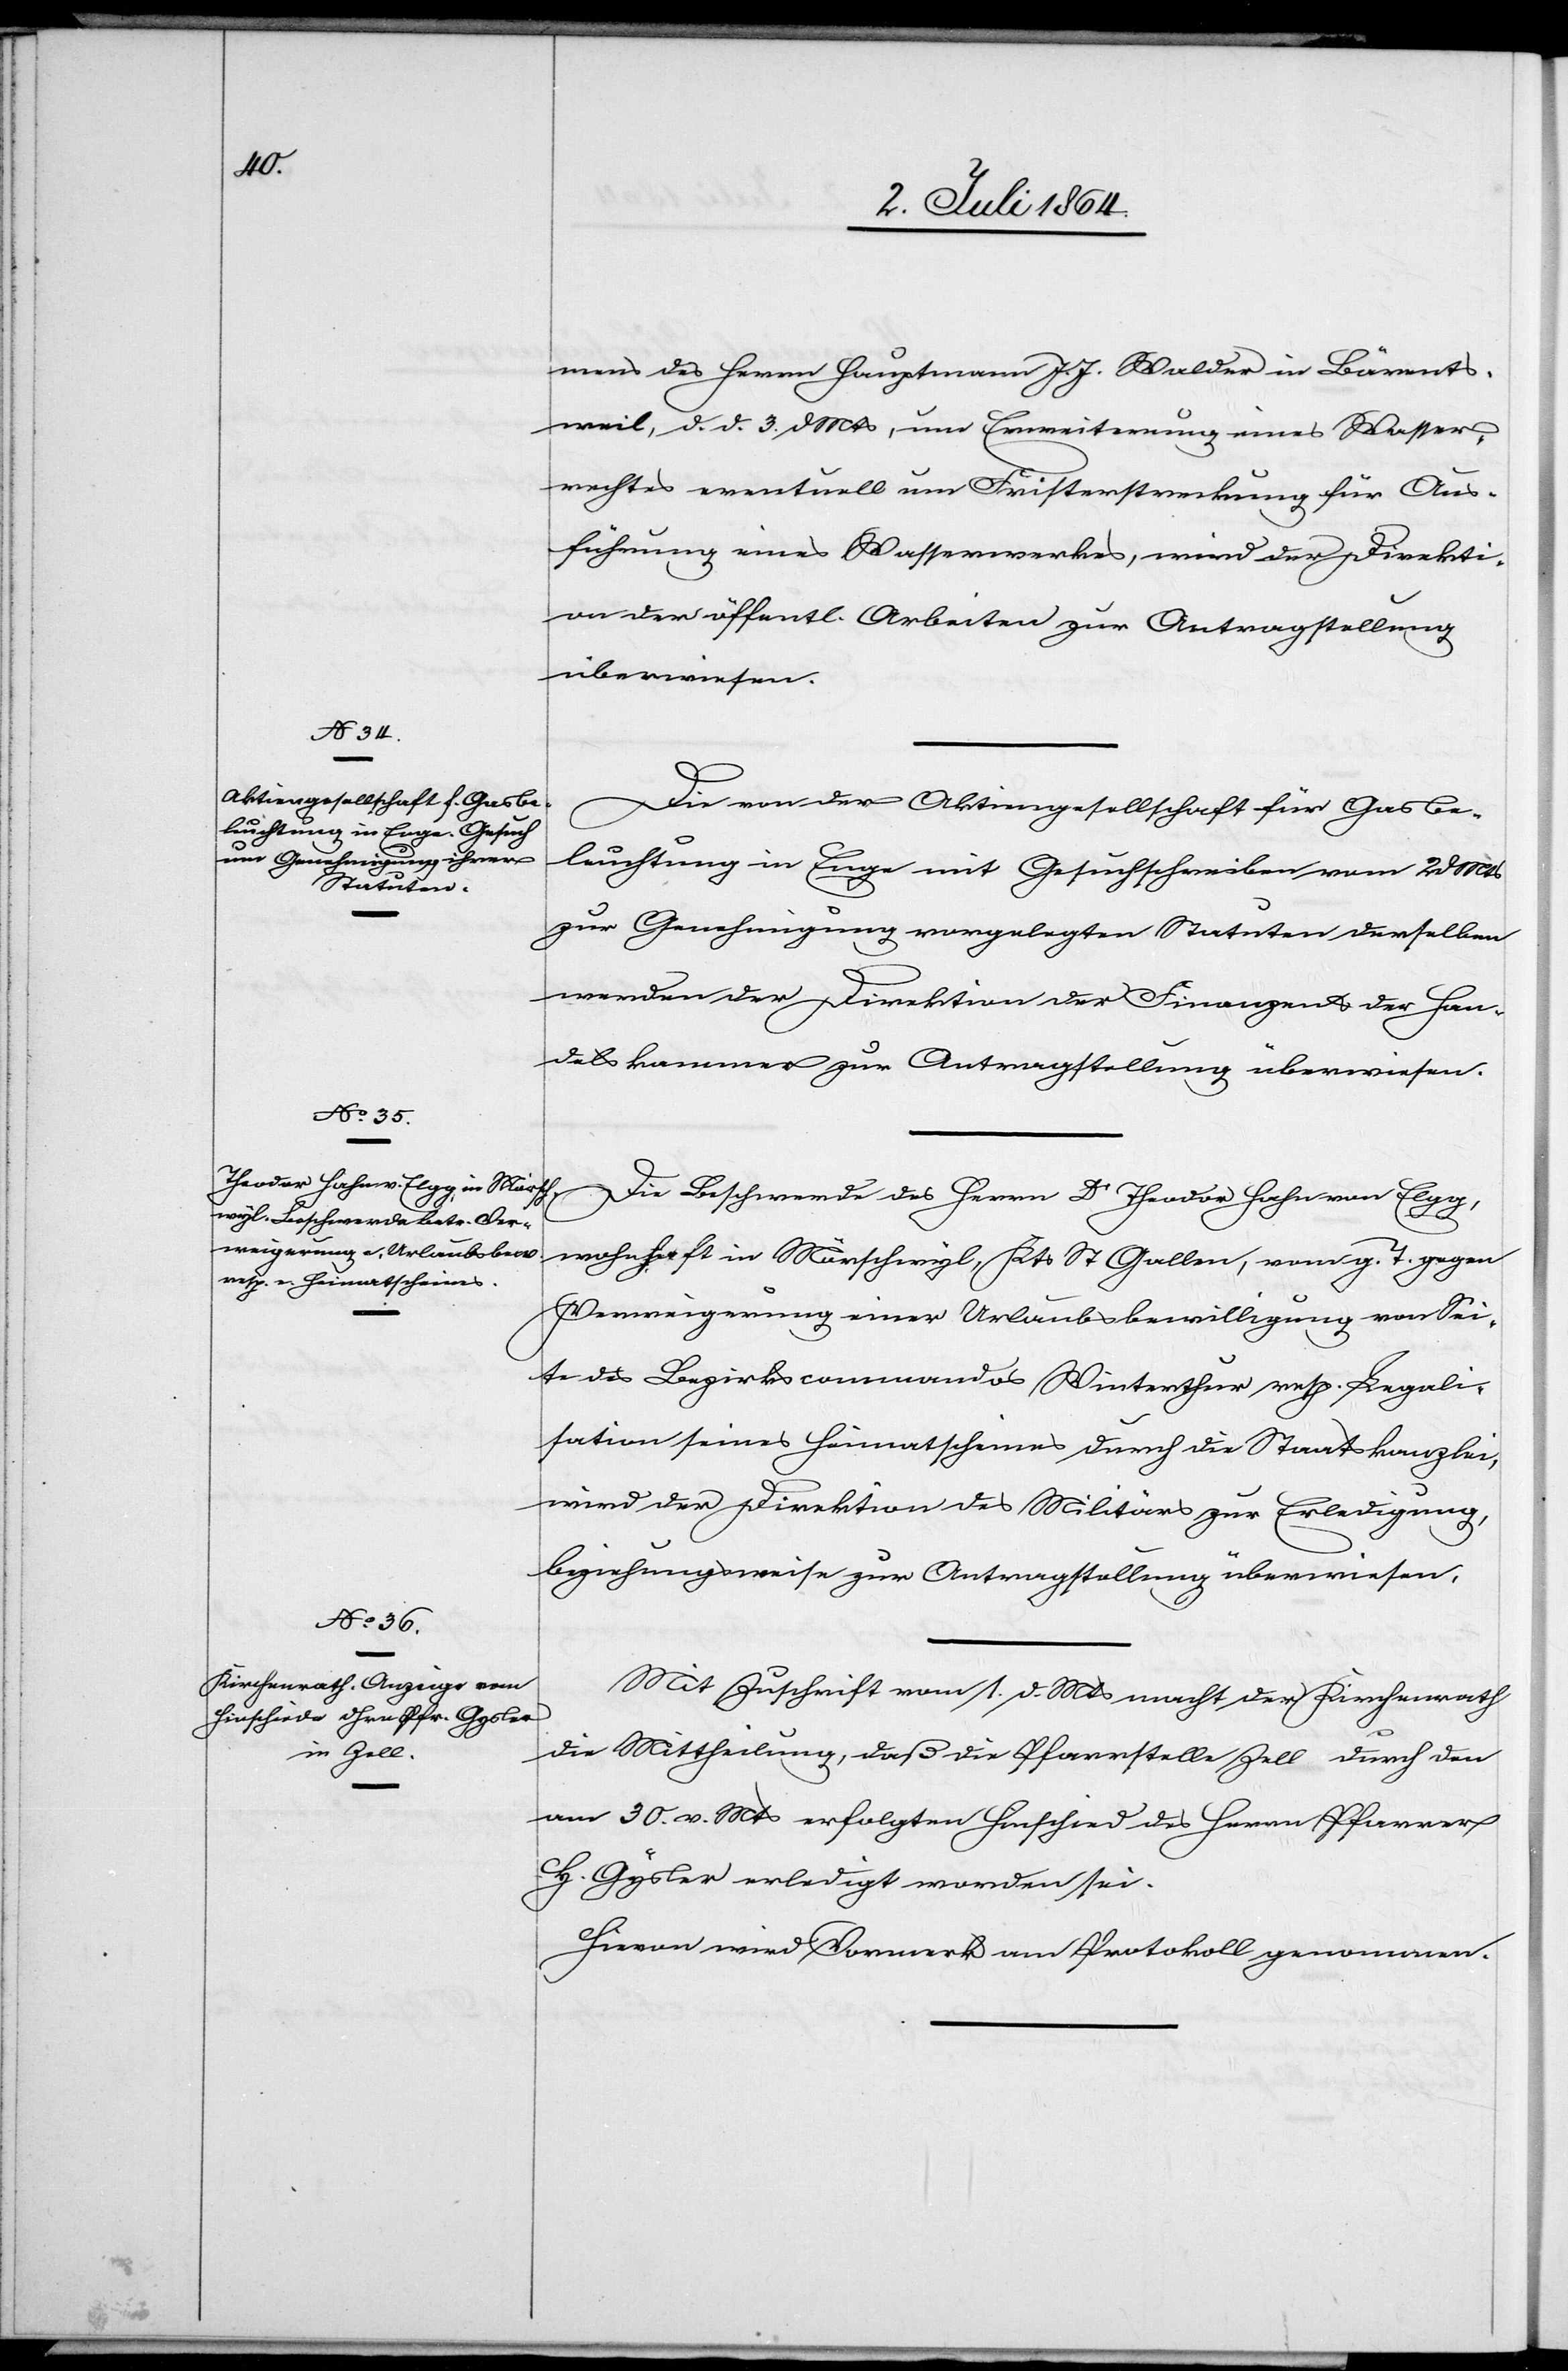
4. Juli 1864.]
mens des Herrn Hauptmann J. J. Walder in Bärents¬
weil, d. d. 3. d. Mts. um Erweiterung eines Wasser¬
rechtes eventuell um Fristerstreckung für Aus¬
führung eines Wasserwerkes, wird der Direkti¬
on der öffentl. Arbeiten zur Antragstellung
überwiesen.
Die von der Aktiengesellschaft für Gasbe¬
leuchtung in Enge mit Gesuchschreiben vom 2. d. Mts.
zur Genehmigung vorgelegten Statuten derselben
werden der Direktion der Finanzen u. der Han¬
delskammer zur Antragstellung überwiesen.
Die Beschwerde des Herrn
wohnhaft in Mörschwyl, Kts St. Gallen, vom g. T. gegen
Verweigerung einer Urlaubsbewilligung von Sei¬
te des Bezirkscommandos Winterthur resp. Legali¬
sation seines Heimatscheines durch die Staatskanzlei,
wird der Direktion des Militärs zur Erledigung,
beziehungsweise zur Antragstellung überwiesen.
Mit Zuschrift vom 1. d. Mts. macht der Kirchenrath
die Mittheilung, daß die Pfarrstelle Zell durch den
am 30. v. Mts. erfolgten Hinschied des Herrn Pfarrer
H. Gysler erledigt worden sei.
Hievon wird Vormerk am Protokoll genommen.